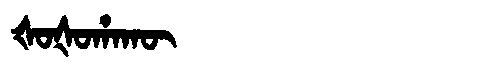
Manchu: ᡧᠣᡧᠣᡥᠠᡴᡡ
Romanization: ŠOŠOHAKŪ